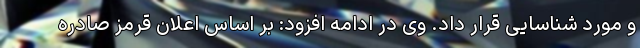
و مورد شناسایی قرار داد. وی در ادامه افزود: بر اساس اعلان قرمز صادره